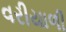
વરીયાળી